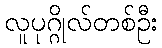
လူပုဂ္ဂိုလ်တစ်ဦး